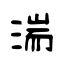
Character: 湍